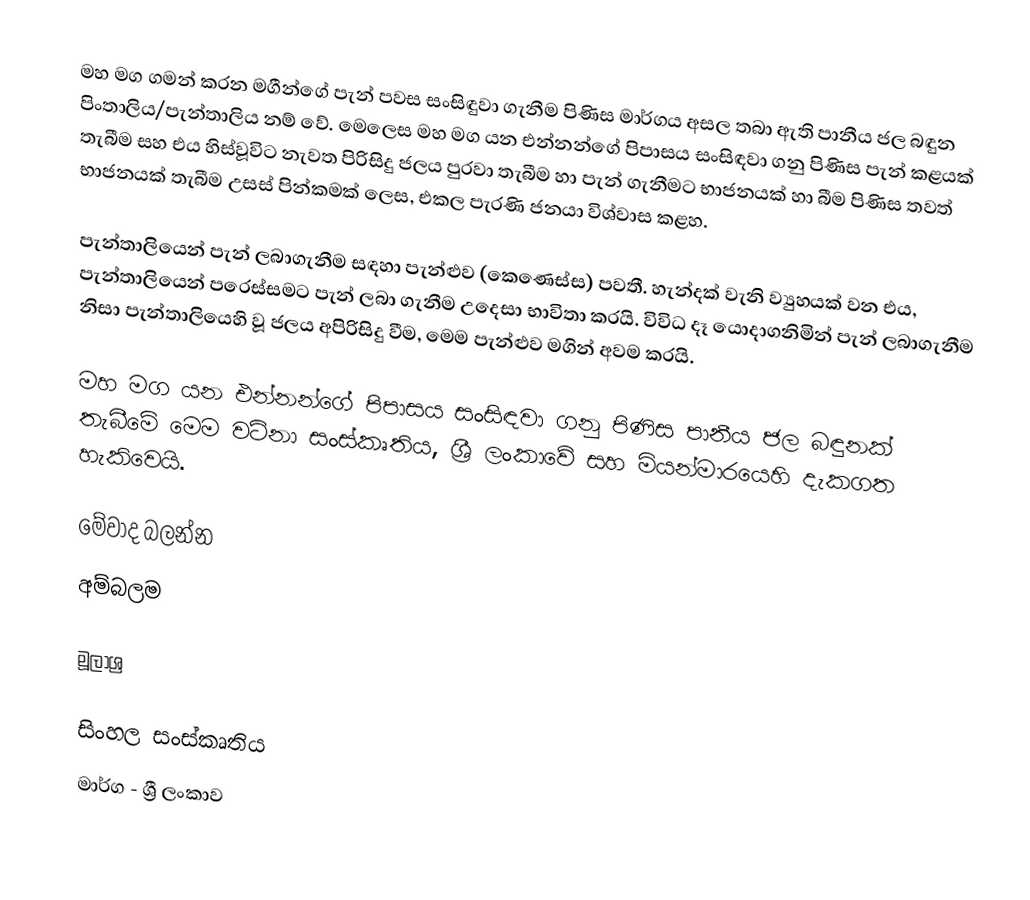
මහ මග ගමන් කරන මගීන්ගේ පැන් පවස සංසිඳුවා ගැනීම පිණිස මාර්ගය අසල තබා ඇති පානීය ජල බඳුන පිංතාලිය/පැන්තාලිය නම් වේ. මෙලෙස මහ මග යන එන්නන්ගේ පිපාසය සංසිඳවා ගනු පිණිස පැන් කළයක් තැබීම සහ එය හිස්වූවිට නැවත පිරිසිදු ජලය පුරවා  තැබීම හා පැන් ගැනීමට භාජනයක් හා බීම පිණිස තවත් භාජනයක් තැබීම උසස් පින්කමක් ලෙස, එකල පැරණි ජනයා විශ්වාස කළහ.

පැන්තාලියෙන් පැන් ලබාගැනීම සඳහා පැන්ළුව (කෙණෙස්ස) පවතී. හැන්දක් වැනි ව්‍යුහයක් වන එය, පැන්තාලියෙන් පරෙස්සමට පැන් ලබා ගැනීම උදෙසා භාවිතා කරයි. විවිධ දෑ යොදාගනිමින් පැන් ලබාගැනීම නිසා පැන්තාලියෙහි වූ ජලය අපිරිසිදු වීම, මෙම පැන්ළුව මගින් අවම කරයි.

මහ මග යන එන්නන්ගේ පිපාසය සංසිඳවා ගනු පිණිස පානීය ජල බඳුනක් තැබීමේ මෙම වටිනා සංස්කෘතිය, ශ්‍රී ලංකාවේ සහ මියන්මාරයෙහි දැකගත හැකිවෙයි.

මේවාද බලන්න
 අම්බලම

මූලාශ්‍ර

සිංහල සංස්කෘතිය
මාර්ග - ශ්‍රී ලංකාව